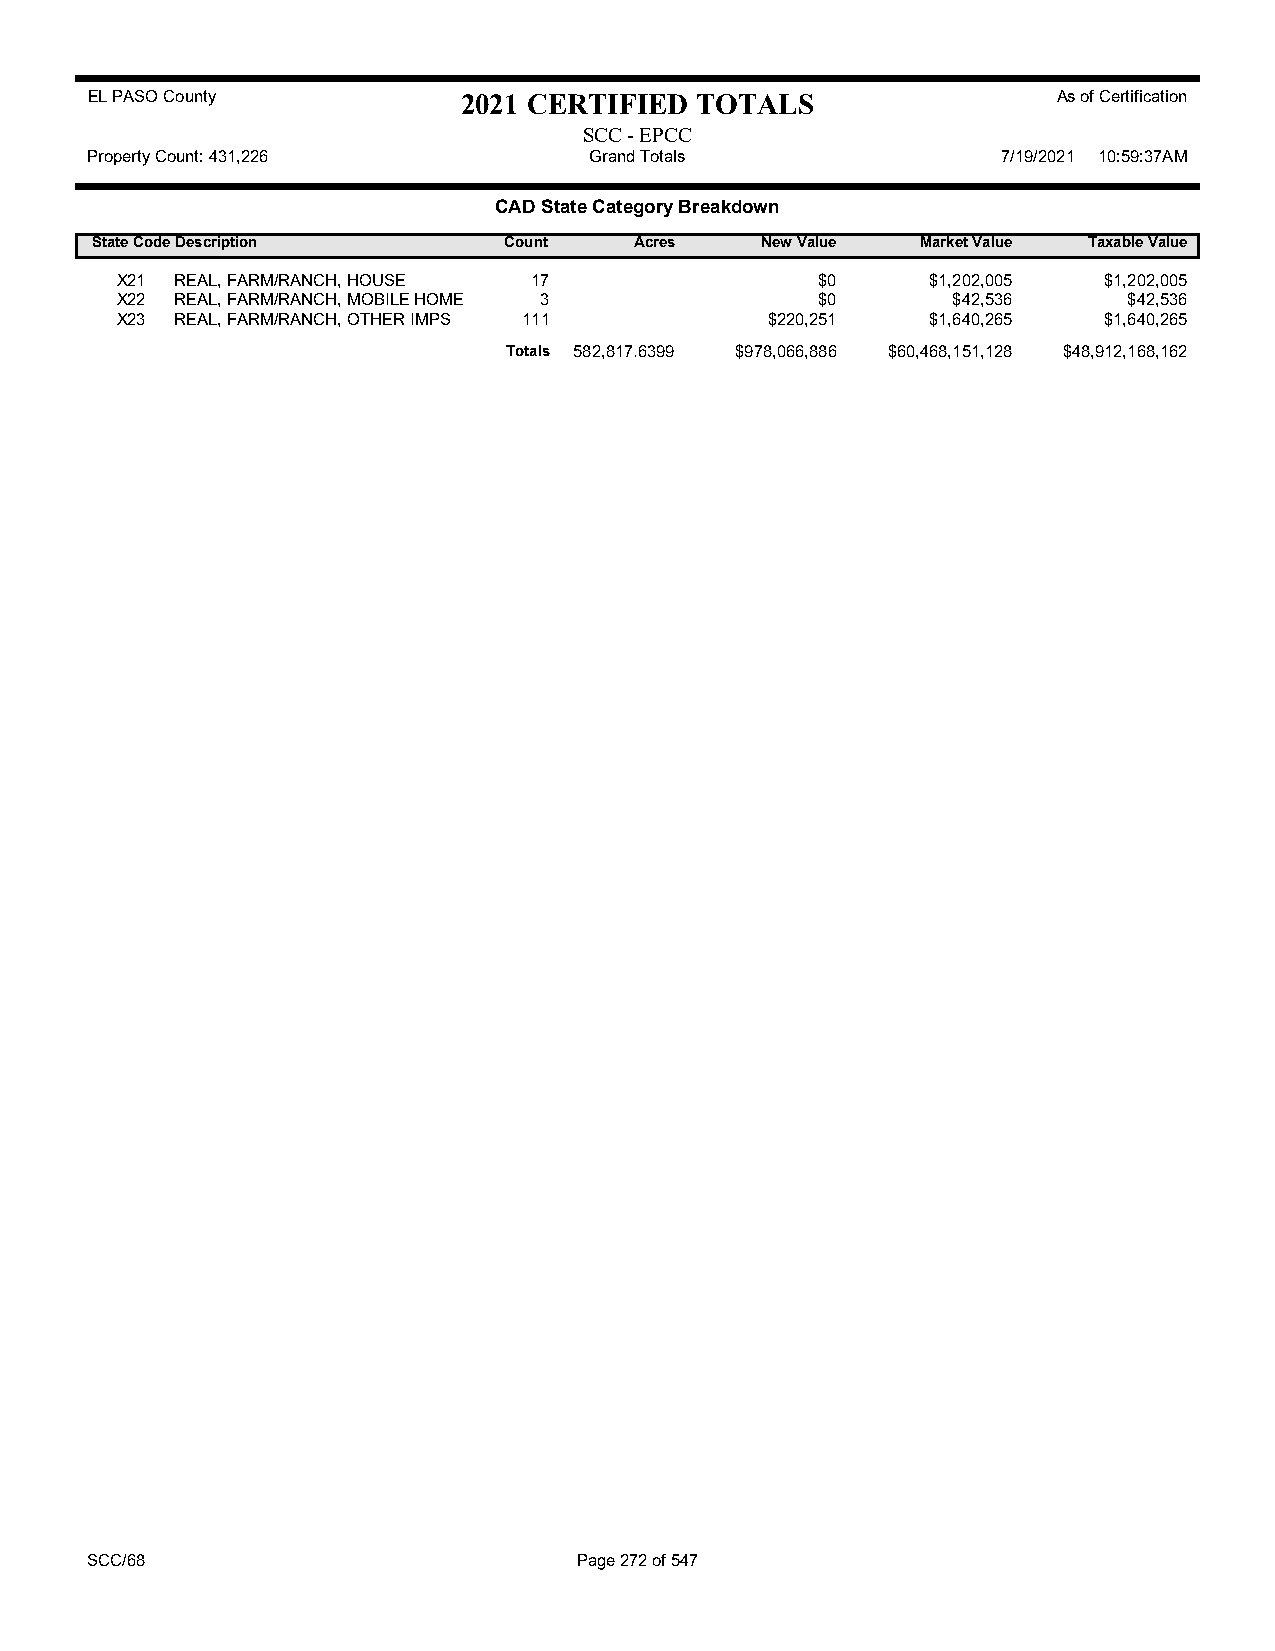
EL PASO County           2021 CERTIFIED TOTALS                  As of Certification
 SCC - EPCC
 Property Count: 431,226          Grand Totals               7/19/2021 10:59:37AM
 CAD State Category Breakdown
 State CodeDescription      Count    Acres   New Value  Market Value Taxable Value
 X21 REAL, FARM/RANCH, HOUSE 17                $0      $1,202,005 $1,202,005
 X22 REAL, FARM/RANCH, MOBILE HOME 3           $0       $42,536     $42,536
 X23 REAL, FARM/RANCH, OTHER IMPS 111       $220,251   $1,640,265 $1,640,265
 Totals 582,817.6399 $978,066,886 $60,468,151,128 $48,912,168,162
 SCC/68                          Page 272 of 547